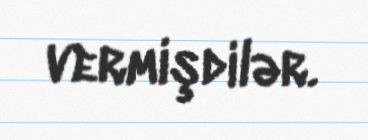
vermişdilər.